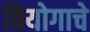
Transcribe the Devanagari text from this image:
वियोगाचे